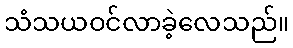
သံသယဝင်လာခဲ့လေသည်။